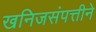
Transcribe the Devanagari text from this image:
खनिजसंपत्तीने